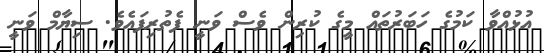
އުޅުއްވާ ކަމުގެ ހަބަރުތައް މީގެ ކުރިން ވެސް ވަނީ ފެތުރިފައެވެ. ސިޔާމް ވަނީ